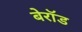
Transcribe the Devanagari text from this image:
बेरॉड